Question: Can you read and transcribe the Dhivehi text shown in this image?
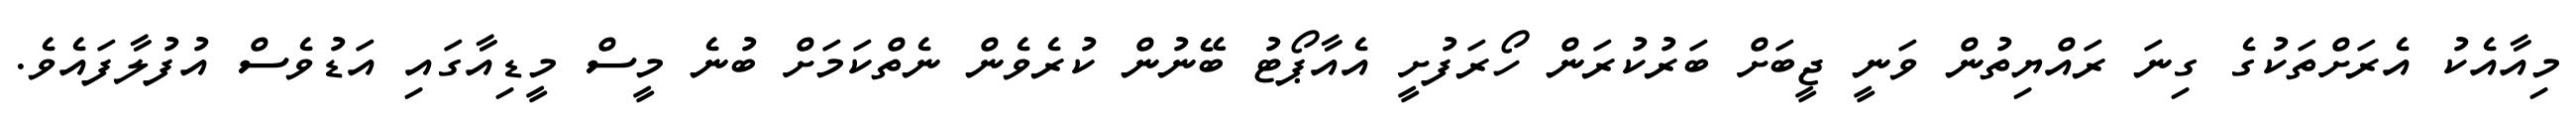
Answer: މިއާއެކު އެރަށްތަކުގެ ގިނަ ރައްޔިތުން ވަނީ ޖީބަށް ބަރުކުރަން ހޯރަފުށީ އެއާޕޯޓު ބޭނުން ކުރެވެން ނެތްކަމަށް ބުނެ މީސް މީޑިއާގައި އަޑުވެސް އުފުލާފައެވެ.